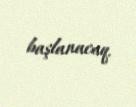
başlanacaq.